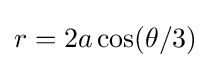
r=2a\cos(\theta /3)